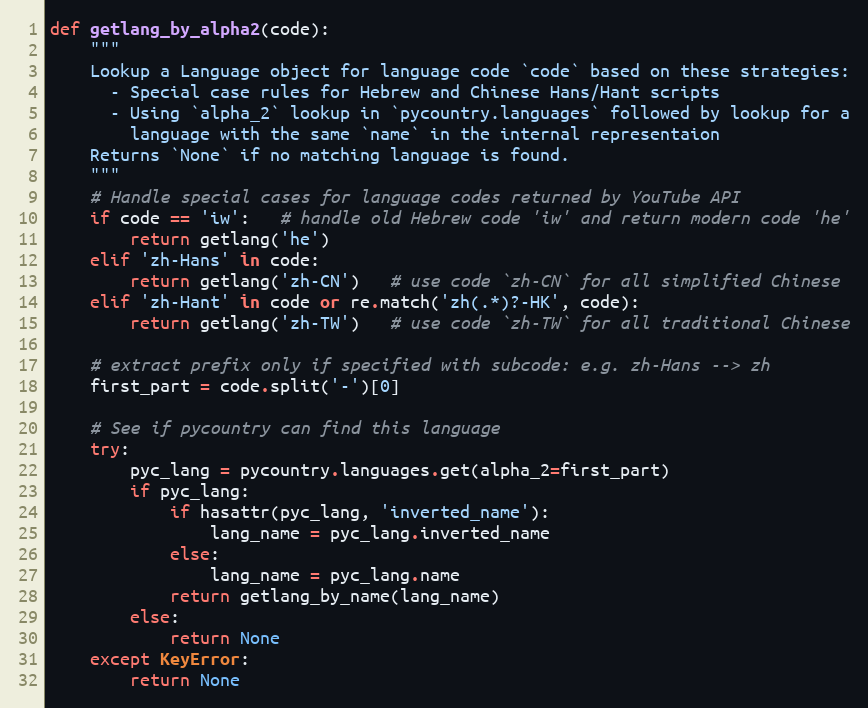
Language: Python
def getlang_by_alpha2(code):
    """
    Lookup a Language object for language code `code` based on these strategies:
      - Special case rules for Hebrew and Chinese Hans/Hant scripts
      - Using `alpha_2` lookup in `pycountry.languages` followed by lookup for a
        language with the same `name` in the internal representaion
    Returns `None` if no matching language is found.
    """
    # Handle special cases for language codes returned by YouTube API
    if code == 'iw':   # handle old Hebrew code 'iw' and return modern code 'he'
        return getlang('he')
    elif 'zh-Hans' in code:
        return getlang('zh-CN')   # use code `zh-CN` for all simplified Chinese
    elif 'zh-Hant' in code or re.match('zh(.*)?-HK', code):
        return getlang('zh-TW')   # use code `zh-TW` for all traditional Chinese

    # extract prefix only if specified with subcode: e.g. zh-Hans --> zh
    first_part = code.split('-')[0]

    # See if pycountry can find this language
    try:
        pyc_lang = pycountry.languages.get(alpha_2=first_part)
        if pyc_lang:
            if hasattr(pyc_lang, 'inverted_name'):
                lang_name = pyc_lang.inverted_name
            else:
                lang_name = pyc_lang.name
            return getlang_by_name(lang_name)
        else:
            return None
    except KeyError:
        return None